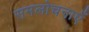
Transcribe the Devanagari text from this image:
समलोचनाएँ